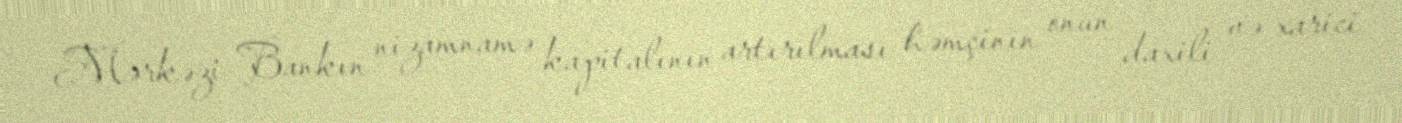
Mərkəzi Bankın nizamnamə kapitalının artırılması həmçinin onun daxili və xarici